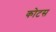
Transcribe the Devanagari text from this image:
कोटस